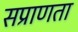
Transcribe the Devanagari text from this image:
सप्राणता